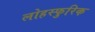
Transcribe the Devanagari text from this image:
लोहस्फुरिक